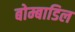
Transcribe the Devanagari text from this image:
बोम्बाडिल